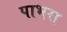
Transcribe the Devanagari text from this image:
पाभरा